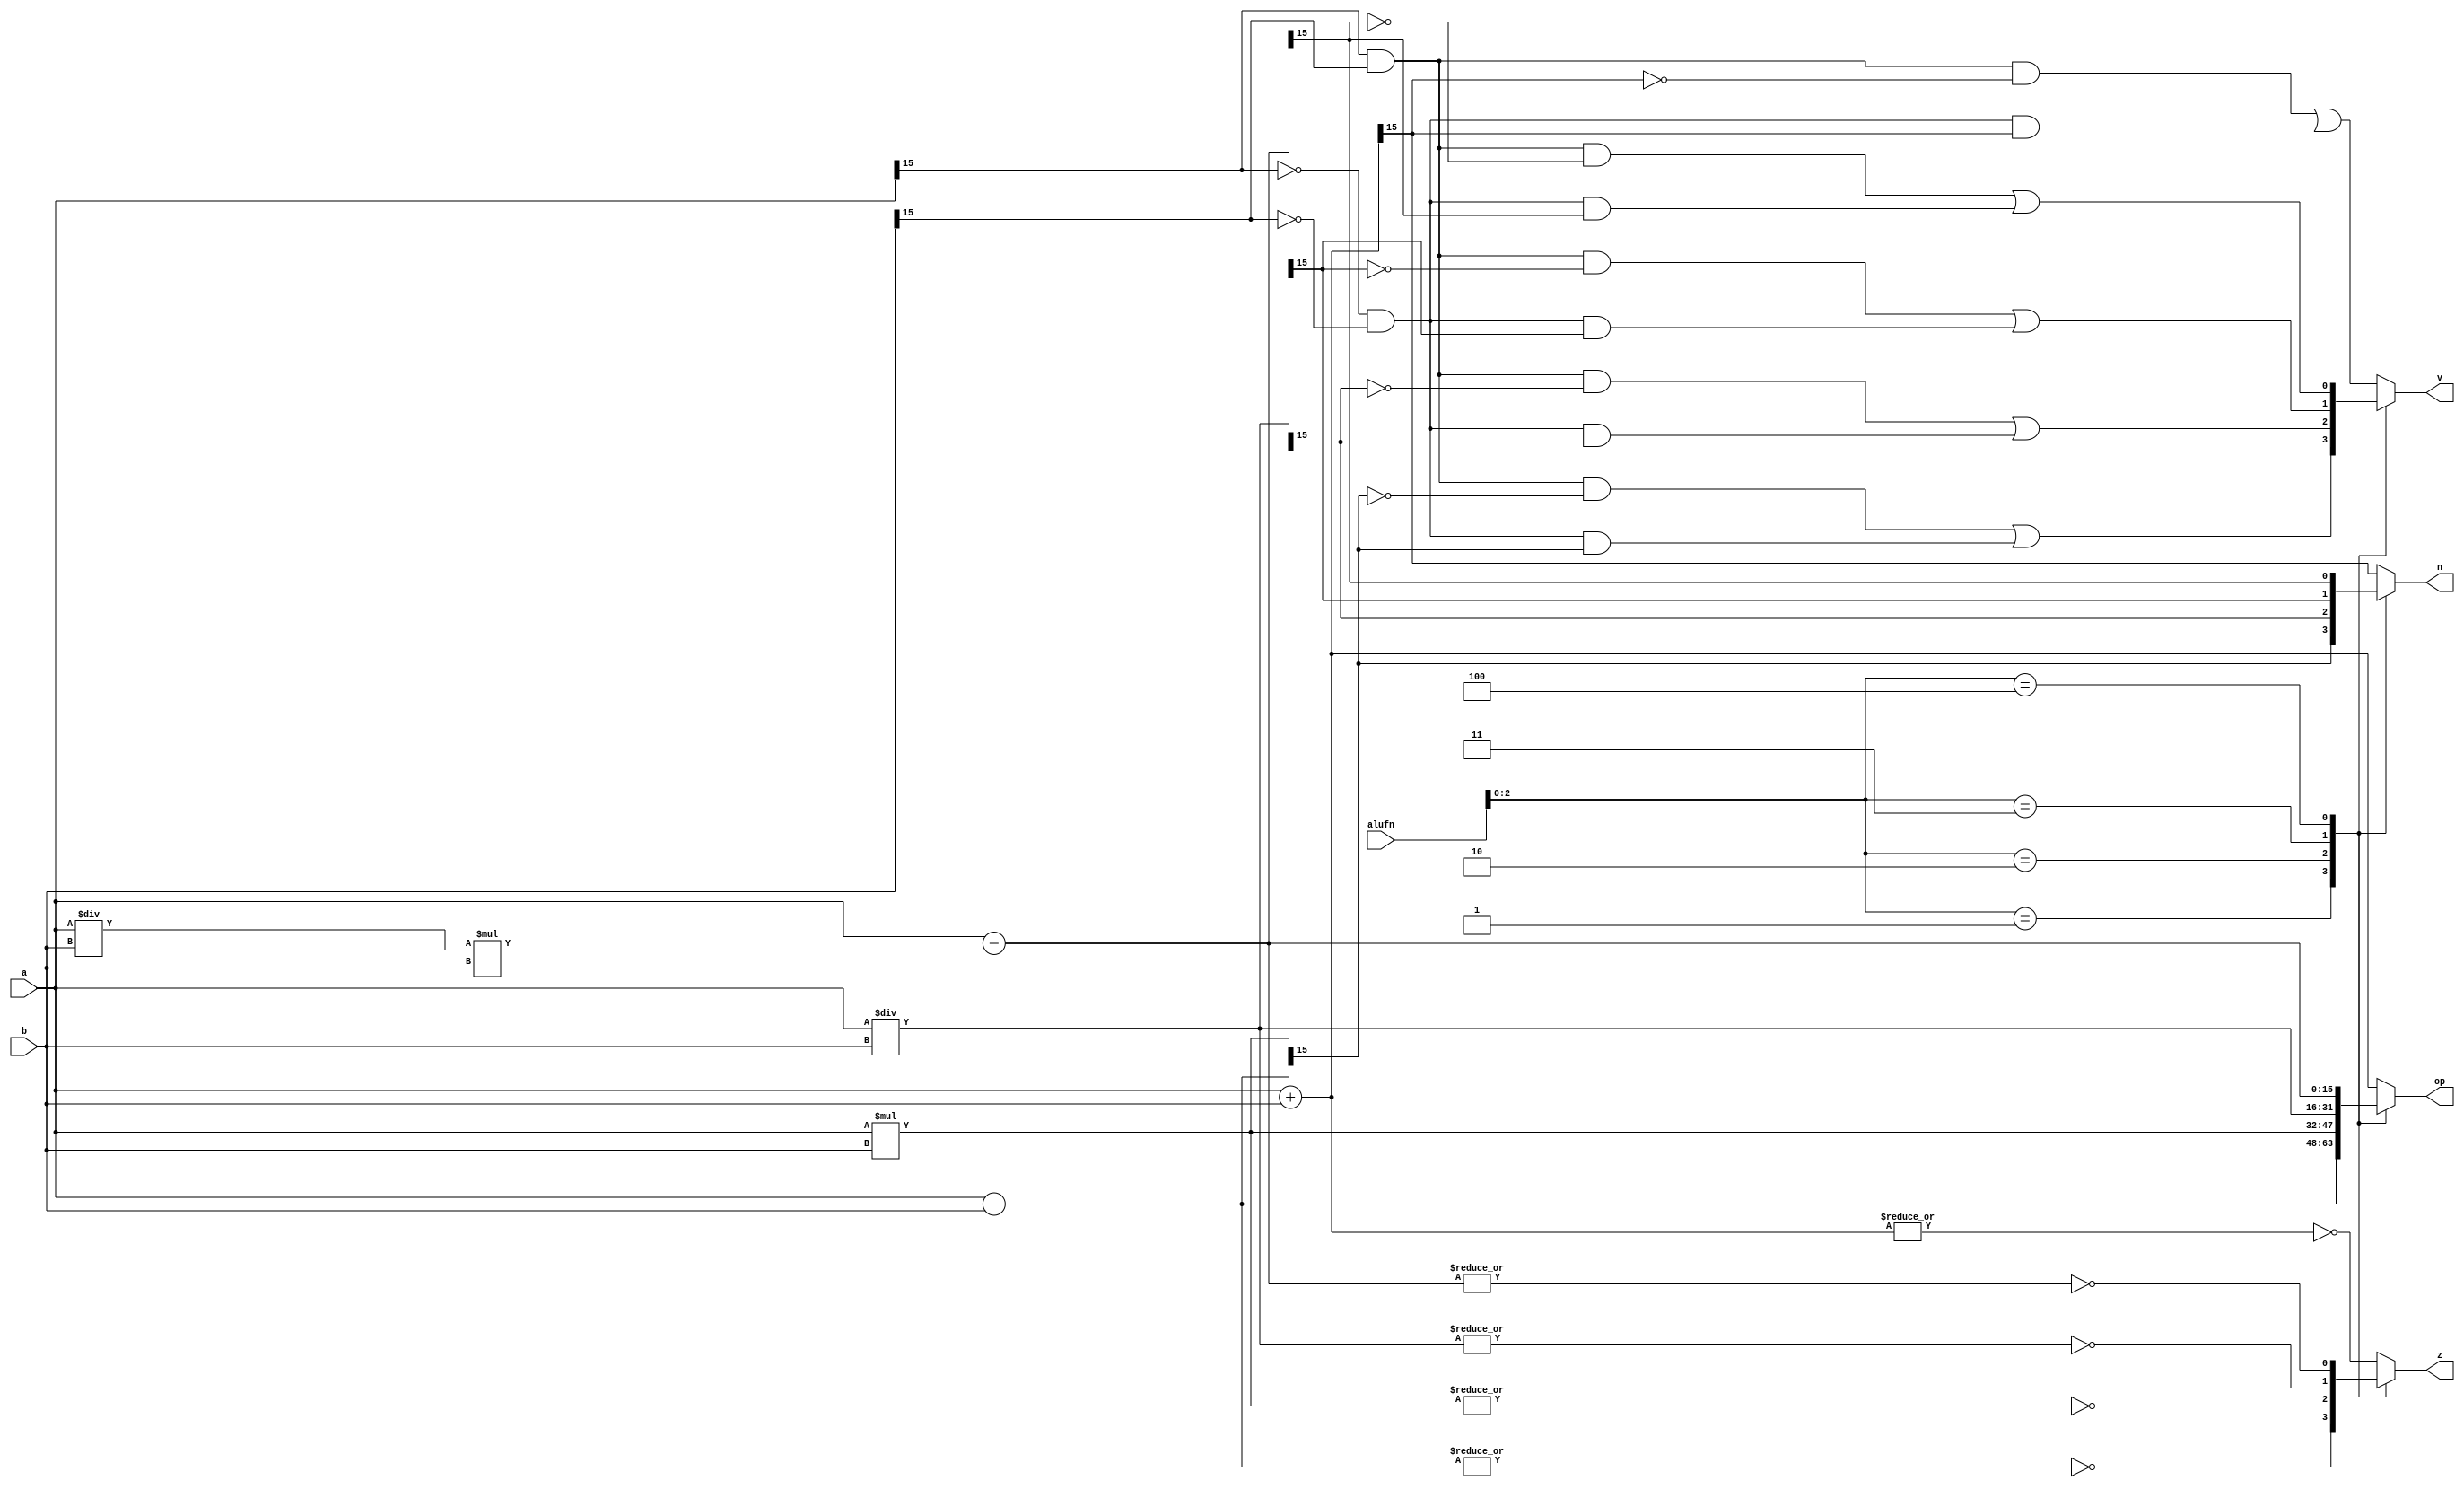
/*
   This file was generated automatically by Alchitry Labs version 1.2.1.
   Do not edit this file directly. Instead edit the original Lucid source.
   This is a temporary file and any changes made to it will be destroyed.
*/

module adder_11 (
    input [5:0] alufn,
    input [15:0] a,
    input [15:0] b,
    output reg [15:0] op,
    output reg [0:0] z,
    output reg [0:0] v,
    output reg [0:0] n
  );
  
  
  
  reg [15:0] op_sig;
  
  always @* begin
    
    case (alufn[0+2-:3])
      3'h0: begin
        op_sig = $signed(a) + $signed(b);
        op = op_sig;
        z = (~|op_sig);
        v = (((a[15+0-:1]) & (b[15+0-:1]) & (~op_sig[15+0-:1])) | ((~a[15+0-:1]) & (~b[15+0-:1]) & (op_sig[15+0-:1])));
        n = op_sig[15+0-:1];
      end
      3'h1: begin
        op_sig = $signed(a) - $signed(b);
        op = op_sig;
        z = (~|op_sig);
        v = (((a[15+0-:1]) & (b[15+0-:1]) & (~op_sig[15+0-:1])) | ((~a[15+0-:1]) & (~b[15+0-:1]) & (op_sig[15+0-:1])));
        n = op_sig[15+0-:1];
      end
      3'h2: begin
        op_sig = $signed(a) * $signed(b);
        op = op_sig;
        z = (~|op_sig);
        v = (((a[15+0-:1]) & (b[15+0-:1]) & (~op_sig[15+0-:1])) | ((~a[15+0-:1]) & (~b[15+0-:1]) & (op_sig[15+0-:1])));
        n = op_sig[15+0-:1];
      end
      3'h3: begin
        op_sig = $signed(a) / $signed(b);
        op = op_sig;
        z = (~|op_sig);
        v = (((a[15+0-:1]) & (b[15+0-:1]) & (~op_sig[15+0-:1])) | ((~a[15+0-:1]) & (~b[15+0-:1]) & (op_sig[15+0-:1])));
        n = op_sig[15+0-:1];
      end
      3'h4: begin
        op_sig = a - ((a / b) * b);
        op = op_sig;
        z = (~|op_sig);
        v = (((a[15+0-:1]) & (b[15+0-:1]) & (~op_sig[15+0-:1])) | ((~a[15+0-:1]) & (~b[15+0-:1]) & (op_sig[15+0-:1])));
        n = op_sig[15+0-:1];
      end
      default: begin
        op_sig = $signed(a) + $signed(b);
        op = op_sig;
        z = (~|op_sig);
        v = (((a[15+0-:1]) & (b[15+0-:1]) & (~op_sig[15+0-:1])) | ((~a[15+0-:1]) & (~b[15+0-:1]) & (op_sig[15+0-:1])));
        n = op_sig[15+0-:1];
      end
    endcase
  end
endmodule